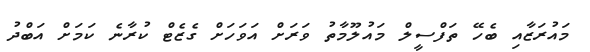
މައުރަޒާއި ބެހޭ ތަފްސީލް މައުލޫމާތު ވަަރަށް އަވަހަށް ގެޒެޓް ކުރާނެ ކަަމަށް އަބްދު